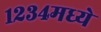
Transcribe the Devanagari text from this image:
१२३४मध्ये